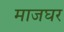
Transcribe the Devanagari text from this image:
माजघर